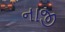
નાજી